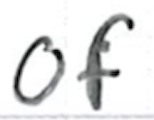
Text: of
Cross-out: clean
Writing tool: ballpoint